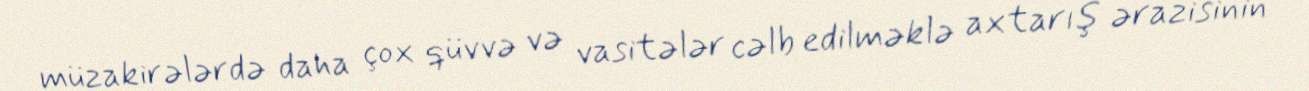
müzakirələrdə daha çox qüvvə və vasitələr cəlb edilməklə axtarış ərazisinin